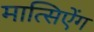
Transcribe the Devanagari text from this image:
मात्सिऐंग